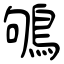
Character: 鴝